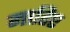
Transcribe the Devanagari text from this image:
मातिए